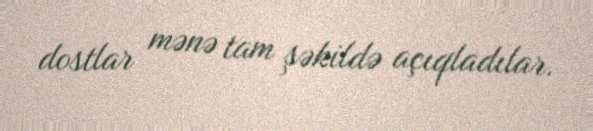
dostlar mənə tam şəkildə açıqladılar.